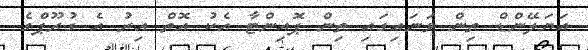
އަޔަލޭންޑް ތިން ވަނައިގައި ތިން ޕޮއިންޓާ އެކު އޮތް އިރު އެ ގުރޫޕްގެ